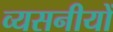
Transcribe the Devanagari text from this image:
व्यसनीयों